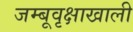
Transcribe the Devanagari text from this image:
जम्बूवृक्षाखाली